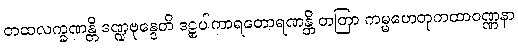
တထလက္ခဏန္တိ ဒဏ္ဍဗုန္ဒေတိ ဒဠှပါကာရတောရဏန္တိ တတြာ ကမ္မဟေတုကထာဝဏ္ဏနာ